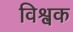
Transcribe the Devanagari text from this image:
विश्वक